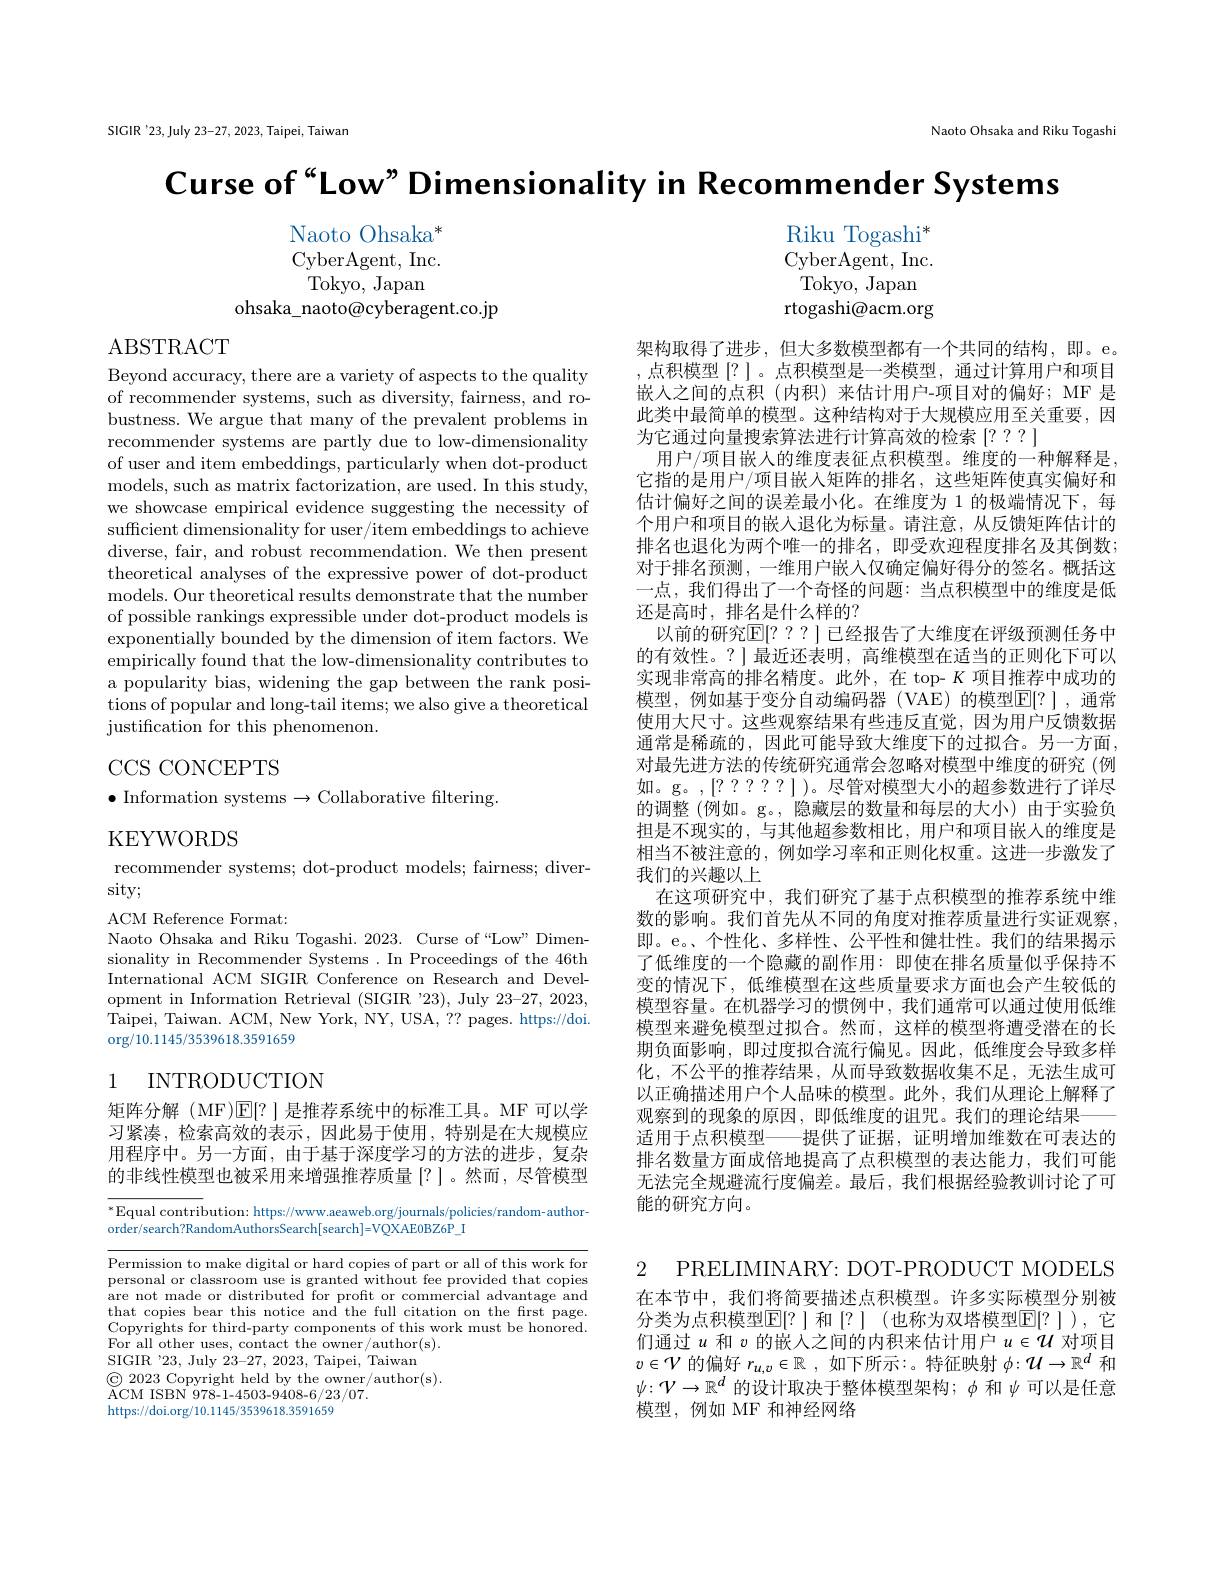
SIGIR'23,July 23-27, 2023, Taipei, Taiwan

Naoto Ohsaka and Riku Togashi

$\textbf{Curse of“ Low” Dimensionality in Recommender Systems}$
Naoto Ohsaka*
Riku Togashi$^*$
CyberAgent, Inc.
CyberAgent, Inc.
Tokyo, Japan
Tokyo, Japan
ohsaka\_naoto@cyberagent.co.jp
rtogashi@acm.org

ABSTRACT

Beyond accuracy, there are a variety of aspects to the quality of recommender systems, such as diversity, fairness, and robustness. We argue that many of the prevalent problems in recommender systems are partly due to low-dimensionality of user and item embeddings, particularly when dot-product models, such as matrix factorization, are used. In this study, we showcase empirical evidence suggesting the necessity of sufficient dimensionality for user/item embeddings to achieve diverse, fair, and robust recommendation. We then present theoretical analyses of the expressive power of dot-product models. Our theoretical results demonstrate that the number of possible rankings expressible under dot-product models is exponentially bounded by the dimension of item factors. We empirically found that the low-dimensionality contributes to a popularity bias, widening the gap between the rank positions of popular and long-tail items; we also give a theoretical justification for this phenomenon.

CCS CONCEPTS

架构取得了进步，但大多数模型都有一个共同的结构，即。e。,点积模型[?] 。点积模型是一类模型，通过计算用户和项目嵌人之间的点积(内积)来估计用户-项目对的偏好；MF 是此类中最简单的模型。这种结构对于大规模应用至关重要，因为它通过向量搜索算法进行计算高效的检索[???]
用户/项目嵌人的维度表征点积模型。维度的一种解释是， 它指的是用户/项目嵌入矩阵的排名，这些矩阵使真实偏好和估计偏好之间的误差最小化。在维度为 1 的极端情况下，每个用户和项目的嵌入退化为标量。请注意，从反馈矩阵估计的排名也退化为两个唯一的排名，即受欢迎程度排名及其倒数； 对于排名预测，一维用户嵌入仅确定偏好得分的签名。概括这一点，我们得出了一个奇怪的问题：当点积模型中的维度是低还是高时，排名是什么样的？
以前的研究$\mathbb{E}[???]$ 已经报告了大维度在评级预测任务中的有效性。?]最近还表明，高维模型在适当的正则化下可以实现非常高的排名精度。此外，在 top- $K$项目推荐中成功的模型，例如基于变分自动编码器(VAE)的模型$\mathbb{E}[?]$,通常使用大尺寸。这些观察结果有些违反直觉，因为用户反馈数据通常是稀疏的，因此可能导致大维度下的过拟合。另一方面， 对最先进方法的传统研究通常会忽略对模型中维度的研究(例如。g。,[??????])。尽管对模型大小的超参数进行了详尽的调整(例如。g。, 隐藏层的数量和每层的大小)由于实验负担是不现实的，与其他超参数相比，用户和项目嵌入的维度是相当不被注意的，例如学习率和正则化权重。这进一步激发了我们的兴趣以上
在这项研究中，我们研究了基于点积模型的推荐系统中维数的影响。我们首先从不同的角度对推荐质量进行实证观察， 即。e。、个性化、多样性、公平性和健壮性。我们的结果揭示了低维度的一个隐藏的副作用：即使在排名质量似乎保持不变的情况下，低维模型在这些质量要求方面也会产生较低的模型容量。在机器学习的惯例中，我们通常可以通过使用低维模型来避免模型过拟合。然而，这样的模型将遭受潜在的长期负面影响，即过度拟合流行偏见。因此，低维度会导致多样化，不公平的推荐结果，从而导致数据收集不足，无法生成可以正确描述用户个人品味的模型。此外，我们从理论上解释了观察到的现象的原因，即低维度的诅咒。我们的理论结果
适用于点积模型——提供了证据，证明增加维数在可表达的排名数量方面成倍地提高了点积模型的表达能力，我们可能无法完全规避流行度偏差。最后，我们根据经验教训讨论了可能的研究方向。

$\bullet$ Information systems$\to$Collaborative filtering.

KEYWORDS

recommender systems; dot-product models; fairness; diver-
sity;
ACM Reference Format:
Naoto Ohsaka and Riku Togashi. 2023. Curse of“Low” Dimensionality in Recommender Systems . In Proceedings of the 46th International ACM SIGIR Conference on Research and Development in Information Retrieval (SIGIR '23), July 23-27, 2023, Taipei, Taiwan. ACM, New York, NY, USA, ?? pages. https://doi. org/10.1145/3539618.3591659

## 1 INTRODUCTION

矩阵分解(MF)$\mathbb{E}[?]$是推荐系统中的标准工具。MF 可以学习紧凑，检索高效的表示，因此易于使用，特别是在大规模应用程序中。另一方面，由于基于深度学习的方法的进步，复杂的非线性模型也被采用来增强推荐质量[?]。然而，尽管模型

$^*$Equal contribution: https://www.aeaweb.org/journals/policies/random-author-
order/search?RandomAuthorsSearch[search]=VQXAE0BZ6P_I

Permission to make digital or hard copies of part or all of this work for personal or classroom use is granted without fee provided that copies are not made or distributed for profit or commercial advantage and that copies bear this notice and the full citation on the first page. Copyrights for third-party components of this work must be honored. For all other uses, contact the owner/author(s).
SIGIR$ ^{\prime }$23, July 23- 27, 2023, Taipei, Taiwan
$\begin{array}{l}\textcircled{\mathrm{C}}&\text{2023 Copyright held by the owner/author(s).}\\\text{ACM ISBN 978-1-4503-9408-6/23/07.}\\\end{array}$
https://doi.org/10.1145/3539618.3591659

2 PRELIMINARY: DOT-PRODUCT MODELS 在本节中，我们将简要描述点积模型。许多实际模型分别被分类为点积模型$\mathbb{E}[?]$ 和[?] (也称为双塔模型$\mathbb{E}[?])$, 它们通过$u$和$v$的嵌人之间的内积来估计用户$u\in\mathcal{U}$对项目$v\in\mathcal{V}$的偏好$r_u,v\in\mathbb{R}$ ,如下所示：。特征映射$\phi:\mathcal{U}\to\mathbb{R}^d$和$\psi\colon\mathcal{V}\to\mathbb{R}^d$ 的设计取决于整体模型架构；$\phi$ 和$\psi$可以是任意模型，例如 MF 和神经网络